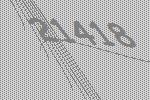
21418